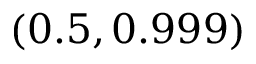
( 0 . 5 , 0 . 9 9 9 )